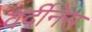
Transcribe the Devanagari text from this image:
वर्दीनेस